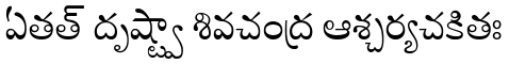
ఏతత్ దృష్ట్వా శివచంద్ర ఆశ్చర్యచకితః